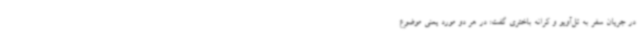
در جریان سفر به تل‌آویو و کرانه باختری گفت: در هر دو مورد یعنی موضوع